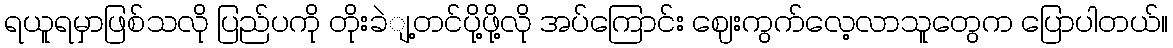
ရယူရမှာဖြစ်သလို ပြည်ပကို တိုးခဲျ့တင်ပို့ဖို့လို အပ်ကြောင်း ဈေးကွက်လေ့လာသူတွေက ပြောပါတယ်။